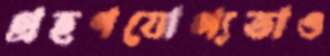
গ্রহণযোগ্যতাও